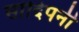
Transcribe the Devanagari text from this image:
सांदिपनी